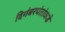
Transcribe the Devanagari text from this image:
दिगंबरपंतांकडे